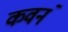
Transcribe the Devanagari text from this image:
कवनं